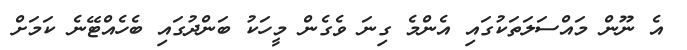
އެ ނޫން މައްސަލަތަކުގައި އެންމެ ގިނަ ވެގެން މީހަކު ބަންދުގައި ބެހެއްޓޭނެ ކަމަށް